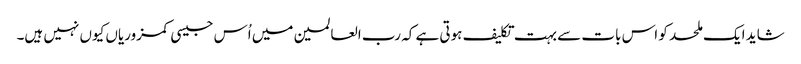
شاید ایک ملحد کو اس بات سے بہت تکلیف ہوتی ہے کہ رب العالمین میں اُس جیسی کمزوریاں کیوں نہیں ہیں۔